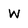
Character: w